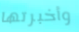
وأخبرتها